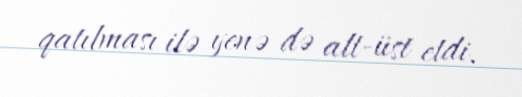
qatılması ilə yenə də alt-üst etdi.